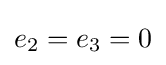
e_{2}=e_{3}=0